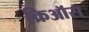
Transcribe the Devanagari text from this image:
क्रिऑस